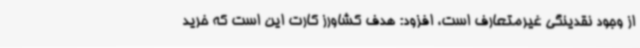
از وجود نقدینگی غیرمتعارف است، افزود: هدف کشاورز کارت این است که خرید